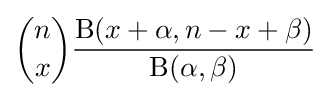
{\binom {n}{x}}{\frac {\mathrm {B} (x+\alpha ,n-x+\beta )}{\mathrm {B} (\alpha ,\beta )}}\!